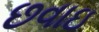
છવાઇ